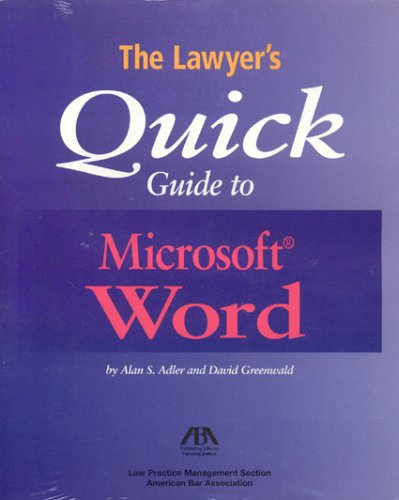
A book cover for The Lawyer's Quick Guide to Microsoft Word; Saln S. Adler; Law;